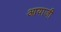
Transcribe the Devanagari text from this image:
आयाजी